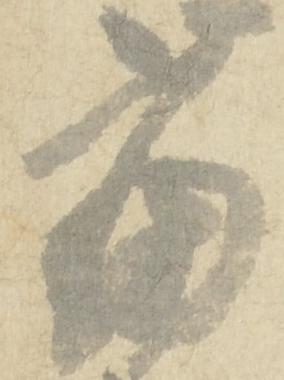
当